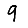
Digit: 9